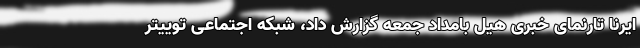
ایرنا تارنمای خبری هیل بامداد جمعه گزارش داد، شبکه اجتماعی توییتر